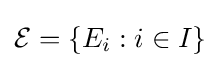
{\mathcal {E}}=\left\{E_{i}:i\in I\right\}